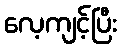
လေ့ကျင့်ပြီး